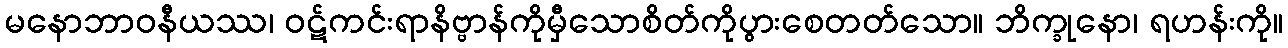
မနောဘာဝနီယဿ၊ ဝဋ်ကင်းရာနိဗ္ဗာန်ကိုမှီသောစိတ်ကိုပွားစေတတ်သော။ ဘိက္ခုနော၊ ရဟန်းကို။